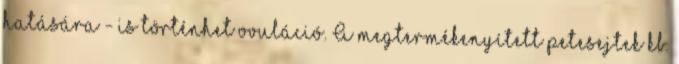
hatására - is történhet ovuláció. A megtermékenyített petesejtek kb.